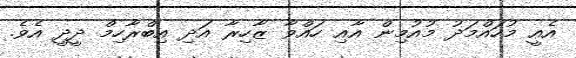
އެއީ މުހައްމަދު މުއުމިން އާއި ހައްވާ ޒާހިރާ އަދި އިބްރާހިމް ދީދީ އެވެ.